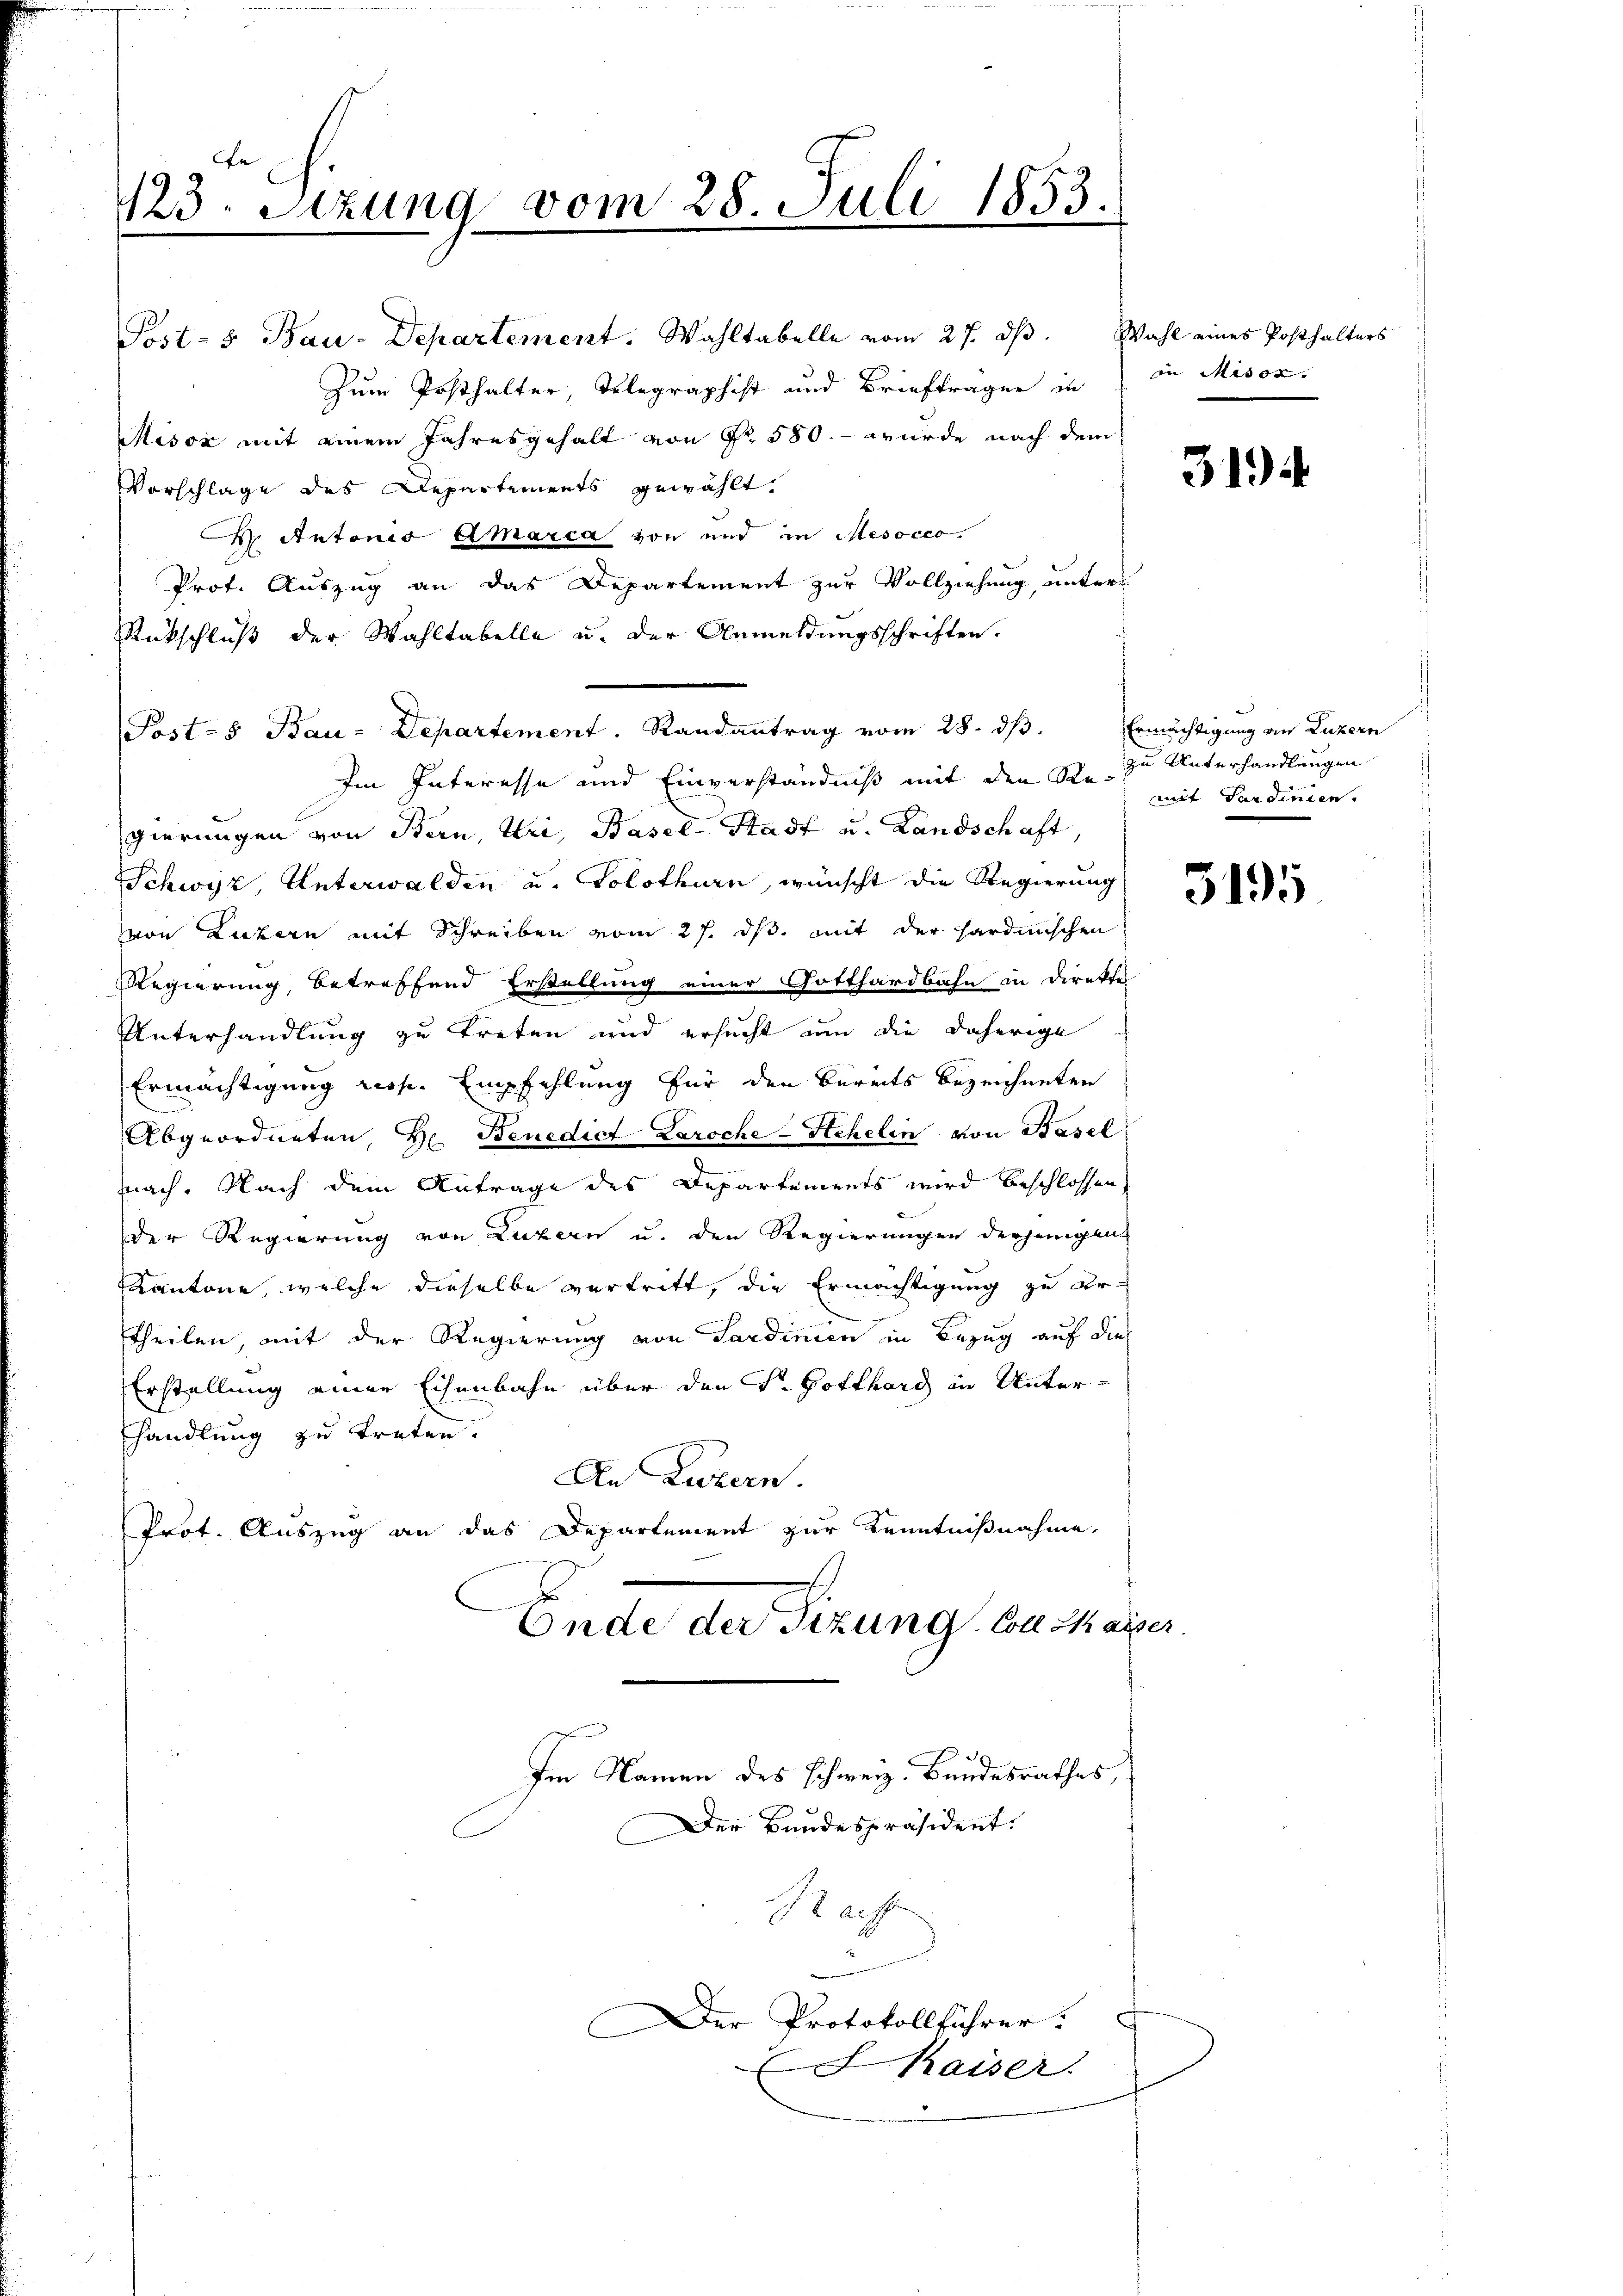
123. Setzung vom 28. Juli 1853.

Post- & Bau-Departement. Wahltabelle vom 27. dβ. Wahl eines Posthalters
Zum Posthalter, Telegraphist und Briefträger in in Misox.
Misox mit einem Jahresgehalt von Nr. 580. - wurde nach dem
Vorschläge des Departements gewählt.
W. Antonio Amarca von und in Mesocco.
Prot. Auszug an das Departement zur Vollziehung, unter
Rückschluß der Wahltabelle u. der Anmeldungsschriften.
Post- & Bau-Departement. Randantrag vom 28. dß. Ermächtigung an Luzern
Im Interesse und Einverständniß mit den Se. zu Unterhandlungen
gierungen von Bern, Uri, Basel-Stadt u. Landschaft,
Schwyz, Unterwalden u. Solothurn, wünscht die Regierung
von Luzern mit Schreiben vom 27. ds. mit der sardinischen
Regierung, betreffend Erstellung einer Gotthardbahn in Direkti
Unterhandlung zu treten und ersucht um die daherige
Ermächtigung resp. Empfehlung für den bereits bezeichneten
Abgeordneten, Hr. Benedict Laroche-Schelin von Basel
e
nach. Nach dem Antrage des Departements wird beschlossen,
der Regierung von Luzern u. den Regierungen derjenigen
Kantone, welche dieselbe vertritt, die Ermächtigung zu ertheilen, mit der Regierung von Sardinien in Bezug auf die
Erstellung einer Eisenbahn über den S. Gotthard in Unter-
handlung zu treten.
An Luzern.
Prof. Auszug an das Departement zur Kenntnißnahme,
Ende der Sizung bethaner

Im Namen des schweiz. Bundesrathes,
Der Bandespräsident.
 affe
er Protokollführer.
Kaiser.

mit Sardinien.

3194

3195